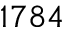
1 7 8 4